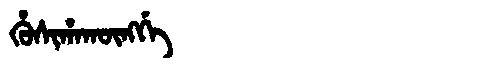
Manchu: ᡥᡠᠰᡳᡥᠠᡴᡡᠩᡤᡝ
Romanization: HUSIHAKŪNGGE